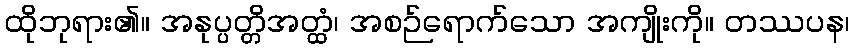
ထိုဘုရား၏။ အနုပ္ပတ္တိအတ္ထံ၊ အစဉ်ရောက်သော အကျိုးကို။ တဿပန၊